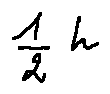
\frac { 1 } { 2 } h